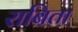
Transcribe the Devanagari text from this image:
राबिता